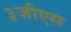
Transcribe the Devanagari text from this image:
३जीएस